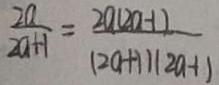
\frac { 2 a } { 2 a + 1 } = \frac { 2 a ( 2 a - 1 ) } { ( 2 a + 1 ) ( 2 0 a - 1 ) }